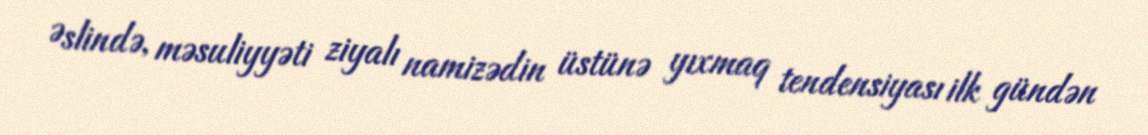
Əslində, məsuliyyəti ziyalı namizədin üstünə yıxmaq tendensiyası ilk gündən